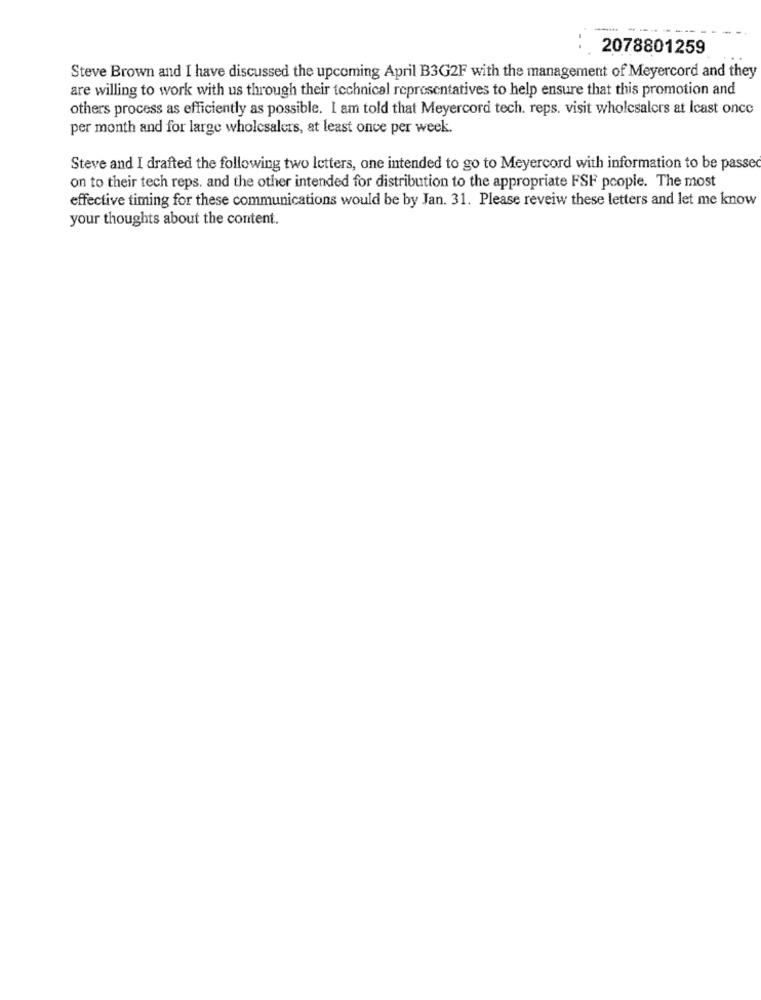
2078801259
Steve Brown and I have discussed the upcoming April B3G2F with the management of Meyercord and they
are willing to work with us through their technical representatives to help ensure that this promotion and
others process as efficiently as possible. I am told that Meyercord tech. reps. visit wholesalers at least once
per month and for large wholesalers, at least once per week.
Steve and I drafted the following two letters, one intended to go to Meyercord with information to be passed
on to their tech reps. and the other intended for distribution to the appropriate FSF people. The most
effective timing for these communications would be by Jan. 31. Please reveiw these letters and let me know
your thoughts about the content.